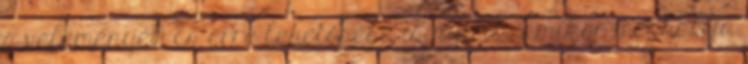
a véleményét. És erre lehetősége is nyílik, amikor meghallja